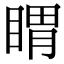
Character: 䁌